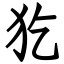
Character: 犵